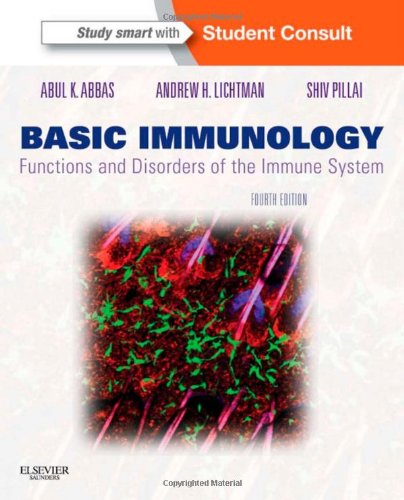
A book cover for Basic Immunology: Functions and Disorders of the Immune System, 4e; Abul K. Abbas MBBS; Medical Books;